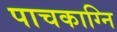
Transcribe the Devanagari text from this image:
पाचकाग्नि